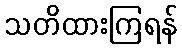
သတိထားကြရန်